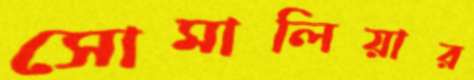
সোমালিয়ার